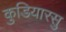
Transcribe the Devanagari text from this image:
कुडियारसु